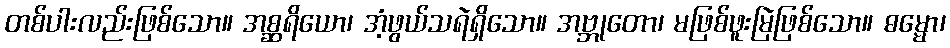
တစ်ပါးလည်းဖြစ်သော။ အစ္ဆရိယော၊ အံ့ဖွယ်သရဲရှိသော။ အဗ္ဘုတော၊ မဖြစ်ဖူးမြဲဖြစ်သော။ ဓမ္မော၊